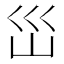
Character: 𭗼